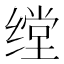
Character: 𱺪